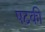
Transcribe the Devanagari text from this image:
षटकी